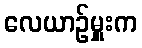
လေယာဉ်မှူးက